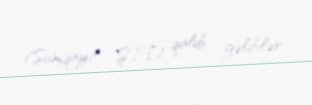
(Sumqayıt ŞPİ) qalib gəliblər.